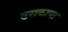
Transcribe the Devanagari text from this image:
उसकाया